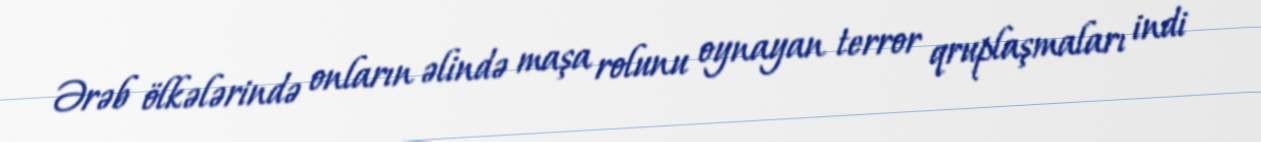
Ərəb ölkələrində onların əlində maşa rolunu oynayan terror qruplaşmaları indi